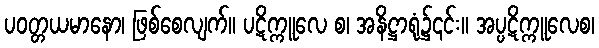
ပဝတ္တယမာနော၊ ဖြစ်စေလျက်။ ပဋိက္ကူလေ စ၊ အနိဋ္ဌာရုံ၌၎င်း။ အပ္ပဋိက္ကူလေစ၊